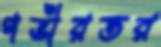
গভীরতর